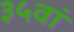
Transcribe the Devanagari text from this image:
३५वां